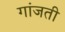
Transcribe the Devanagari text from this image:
गांजती